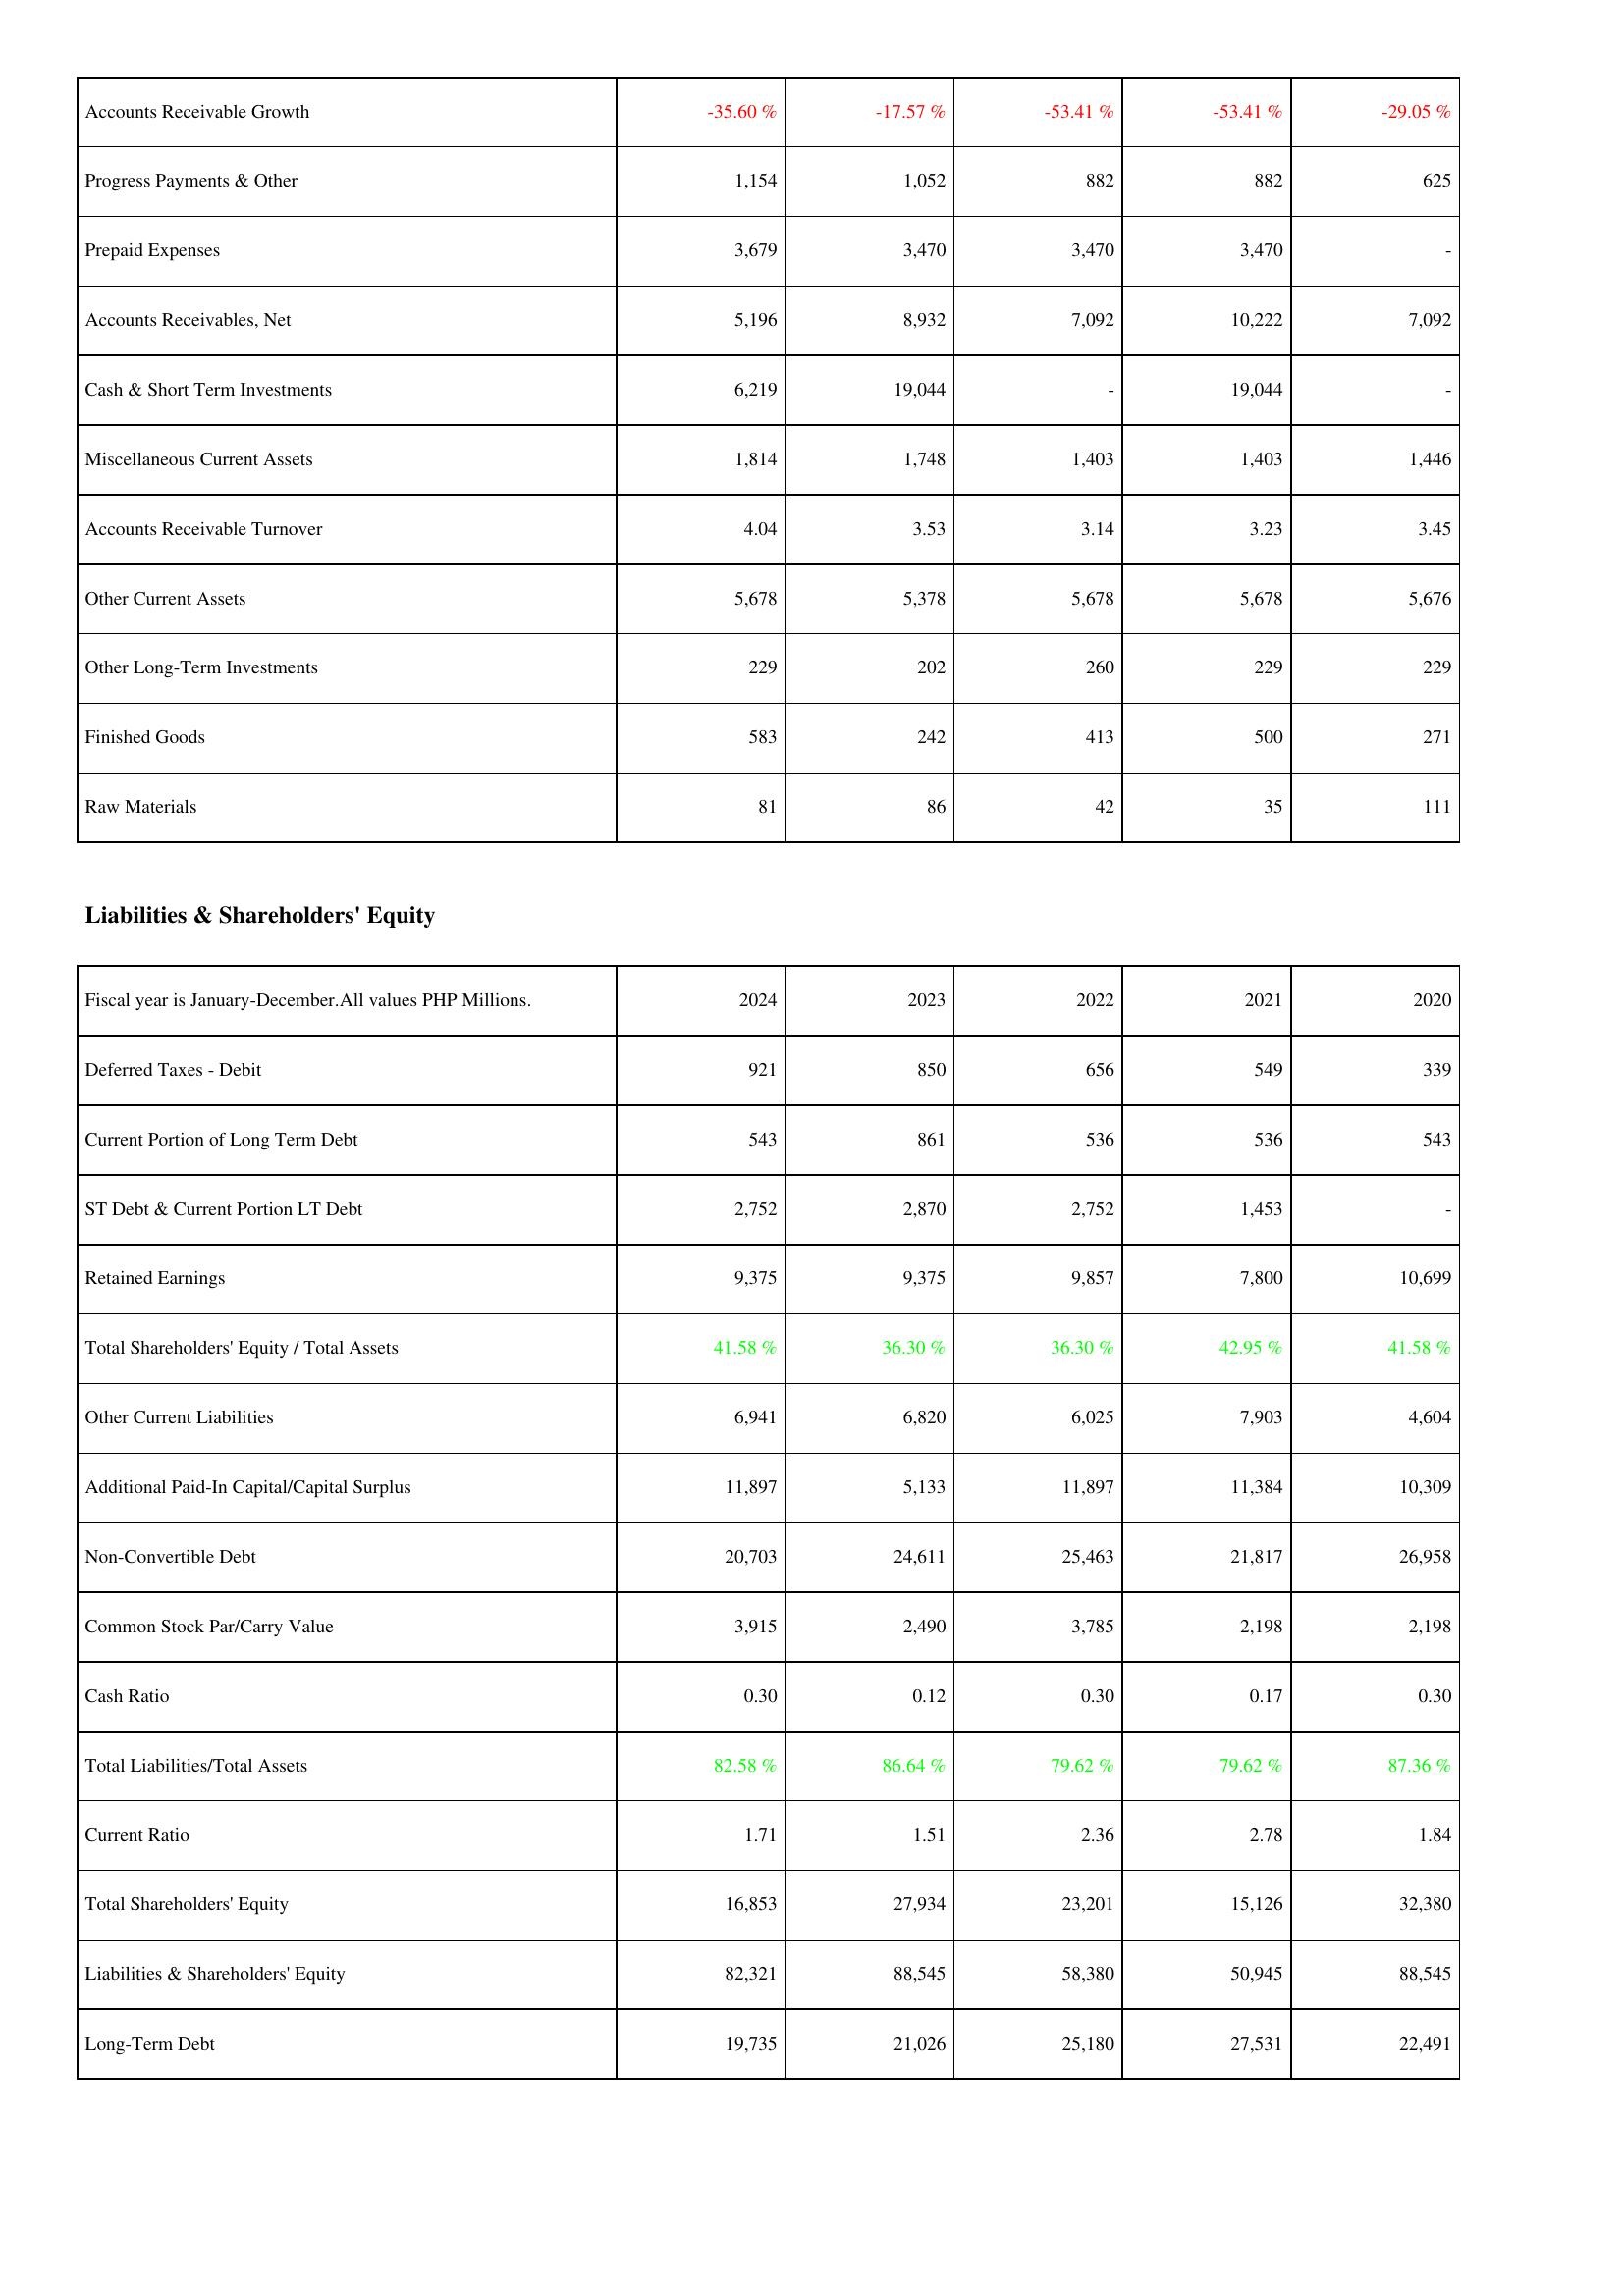
2024: Assets: Accounts Receivable Growth: -35.60 %
Progress Payments & Other: 1,154
Prepaid Expenses: 3,679
Accounts Receivables, Net: 5,196
Cash & Short Term Investments: 6,219
Miscellaneous Current Assets: 1,814
Accounts Receivable Turnover: 4.04
Other Current Assets: 5,678
Other Long-Term Investments: 229
Finished Goods: 583
Raw Materials: 81
Liabilities & Shareholders' Equity: Deferred Taxes - Debit: 921
Current Portion of Long Term Debt: 543
ST Debt & Current Portion LT Debt: 2,752
Retained Earnings: 9,375
Total Shareholders' Equity / Total Assets: 41.58 %
Other Current Liabilities: 6,941
Additional Paid-In Capital/Capital Surplus: 11,897
Non-Convertible Debt: 20,703
Common Stock Par/Carry Value: 3,915
Cash Ratio: 0.30
Total Liabilities/Total Assets: 82.58 %
Current Ratio: 1.71
Total Shareholders' Equity: 16,853
Liabilities & Shareholders' Equity: 82,321
Long-Term Debt: 19,735
2023: Assets: Accounts Receivable Growth: -17.57 %
Progress Payments & Other: 1,052
Prepaid Expenses: 3,470
Accounts Receivables, Net: 8,932
Cash & Short Term Investments: 19,044
Miscellaneous Current Assets: 1,748
Accounts Receivable Turnover: 3.53
Other Current Assets: 5,378
Other Long-Term Investments: 202
Finished Goods: 242
Raw Materials: 86
Liabilities & Shareholders' Equity: Deferred Taxes - Debit: 850
Current Portion of Long Term Debt: 861
ST Debt & Current Portion LT Debt: 2,870
Retained Earnings: 9,375
Total Shareholders' Equity / Total Assets: 36.30 %
Other Current Liabilities: 6,820
Additional Paid-In Capital/Capital Surplus: 5,133
Non-Convertible Debt: 24,611
Common Stock Par/Carry Value: 2,490
Cash Ratio: 0.12
Total Liabilities/Total Assets: 86.64 %
Current Ratio: 1.51
Total Shareholders' Equity: 27,934
Liabilities & Shareholders' Equity: 88,545
Long-Term Debt: 21,026
2022: Assets: Accounts Receivable Growth: -53.41 %
Progress Payments & Other: 882
Prepaid Expenses: 3,470
Accounts Receivables, Net: 7,092
Cash & Short Term Investments: -
Miscellaneous Current Assets: 1,403
Accounts Receivable Turnover: 3.14
Other Current Assets: 5,678
Other Long-Term Investments: 260
Finished Goods: 413
Raw Materials: 42
Liabilities & Shareholders' Equity: Deferred Taxes - Debit: 656
Current Portion of Long Term Debt: 536
ST Debt & Current Portion LT Debt: 2,752
Retained Earnings: 9,857
Total Shareholders' Equity / Total Assets: 36.30 %
Other Current Liabilities: 6,025
Additional Paid-In Capital/Capital Surplus: 11,897
Non-Convertible Debt: 25,463
Common Stock Par/Carry Value: 3,785
Cash Ratio: 0.30
Total Liabilities/Total Assets: 79.62 %
Current Ratio: 2.36
Total Shareholders' Equity: 23,201
Liabilities & Shareholders' Equity: 58,380
Long-Term Debt: 25,180
2021: Assets: Accounts Receivable Growth: -53.41 %
Progress Payments & Other: 882
Prepaid Expenses: 3,470
Accounts Receivables, Net: 10,222
Cash & Short Term Investments: 19,044
Miscellaneous Current Assets: 1,403
Accounts Receivable Turnover: 3.23
Other Current Assets: 5,678
Other Long-Term Investments: 229
Finished Goods: 500
Raw Materials: 35
Liabilities & Shareholders' Equity: Deferred Taxes - Debit: 549
Current Portion of Long Term Debt: 536
ST Debt & Current Portion LT Debt: 1,453
Retained Earnings: 7,800
Total Shareholders' Equity / Total Assets: 42.95 %
Other Current Liabilities: 7,903
Additional Paid-In Capital/Capital Surplus: 11,384
Non-Convertible Debt: 21,817
Common Stock Par/Carry Value: 2,198
Cash Ratio: 0.17
Total Liabilities/Total Assets: 79.62 %
Current Ratio: 2.78
Total Shareholders' Equity: 15,126
Liabilities & Shareholders' Equity: 50,945
Long-Term Debt: 27,531
2020: Assets: Accounts Receivable Growth: -29.05 %
Progress Payments & Other: 625
Prepaid Expenses: -
Accounts Receivables, Net: 7,092
Cash & Short Term Investments: -
Miscellaneous Current Assets: 1,446
Accounts Receivable Turnover: 3.45
Other Current Assets: 5,676
Other Long-Term Investments: 229
Finished Goods: 271
Raw Materials: 111
Liabilities & Shareholders' Equity: Deferred Taxes - Debit: 339
Current Portion of Long Term Debt: 543
ST Debt & Current Portion LT Debt: -
Retained Earnings: 10,699
Total Shareholders' Equity / Total Assets: 41.58 %
Other Current Liabilities: 4,604
Additional Paid-In Capital/Capital Surplus: 10,309
Non-Convertible Debt: 26,958
Common Stock Par/Carry Value: 2,198
Cash Ratio: 0.30
Total Liabilities/Total Assets: 87.36 %
Current Ratio: 1.84
Total Shareholders' Equity: 32,380
Liabilities & Shareholders' Equity: 88,545
Long-Term Debt: 22,491